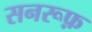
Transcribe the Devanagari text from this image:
सनरूफ़